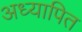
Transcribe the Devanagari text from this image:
अध्यापित